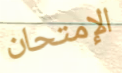
الإمتحان